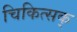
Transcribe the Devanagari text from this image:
चिकित्सक्